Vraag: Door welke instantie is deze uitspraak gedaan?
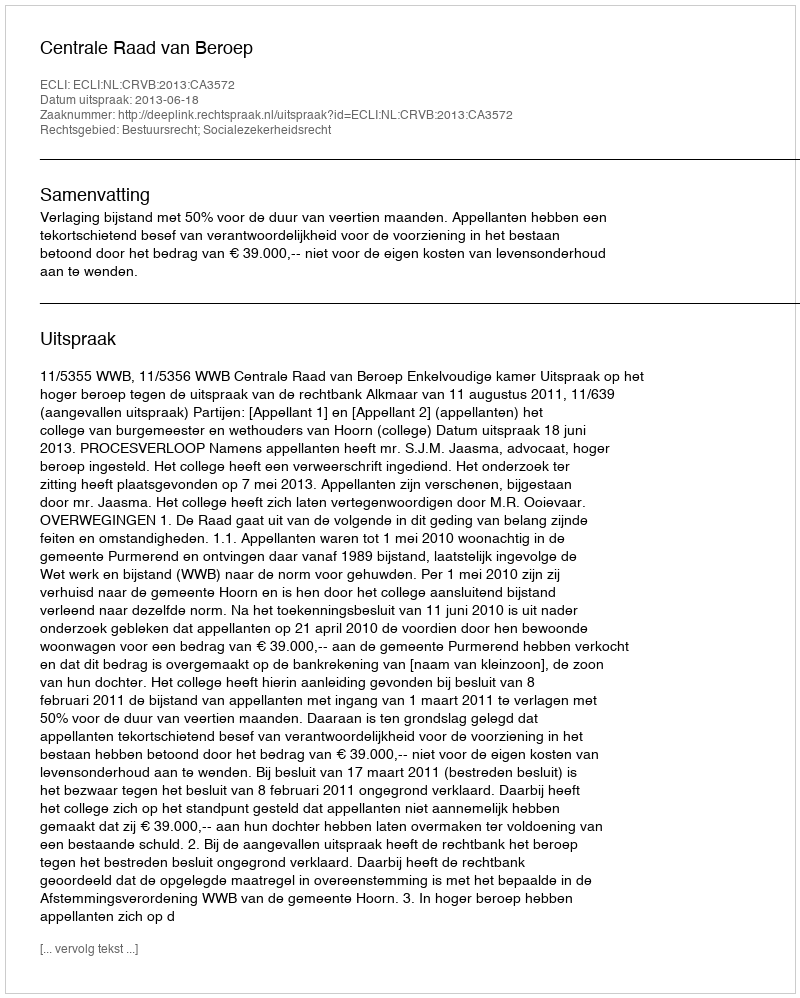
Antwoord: Centrale Raad van Beroep